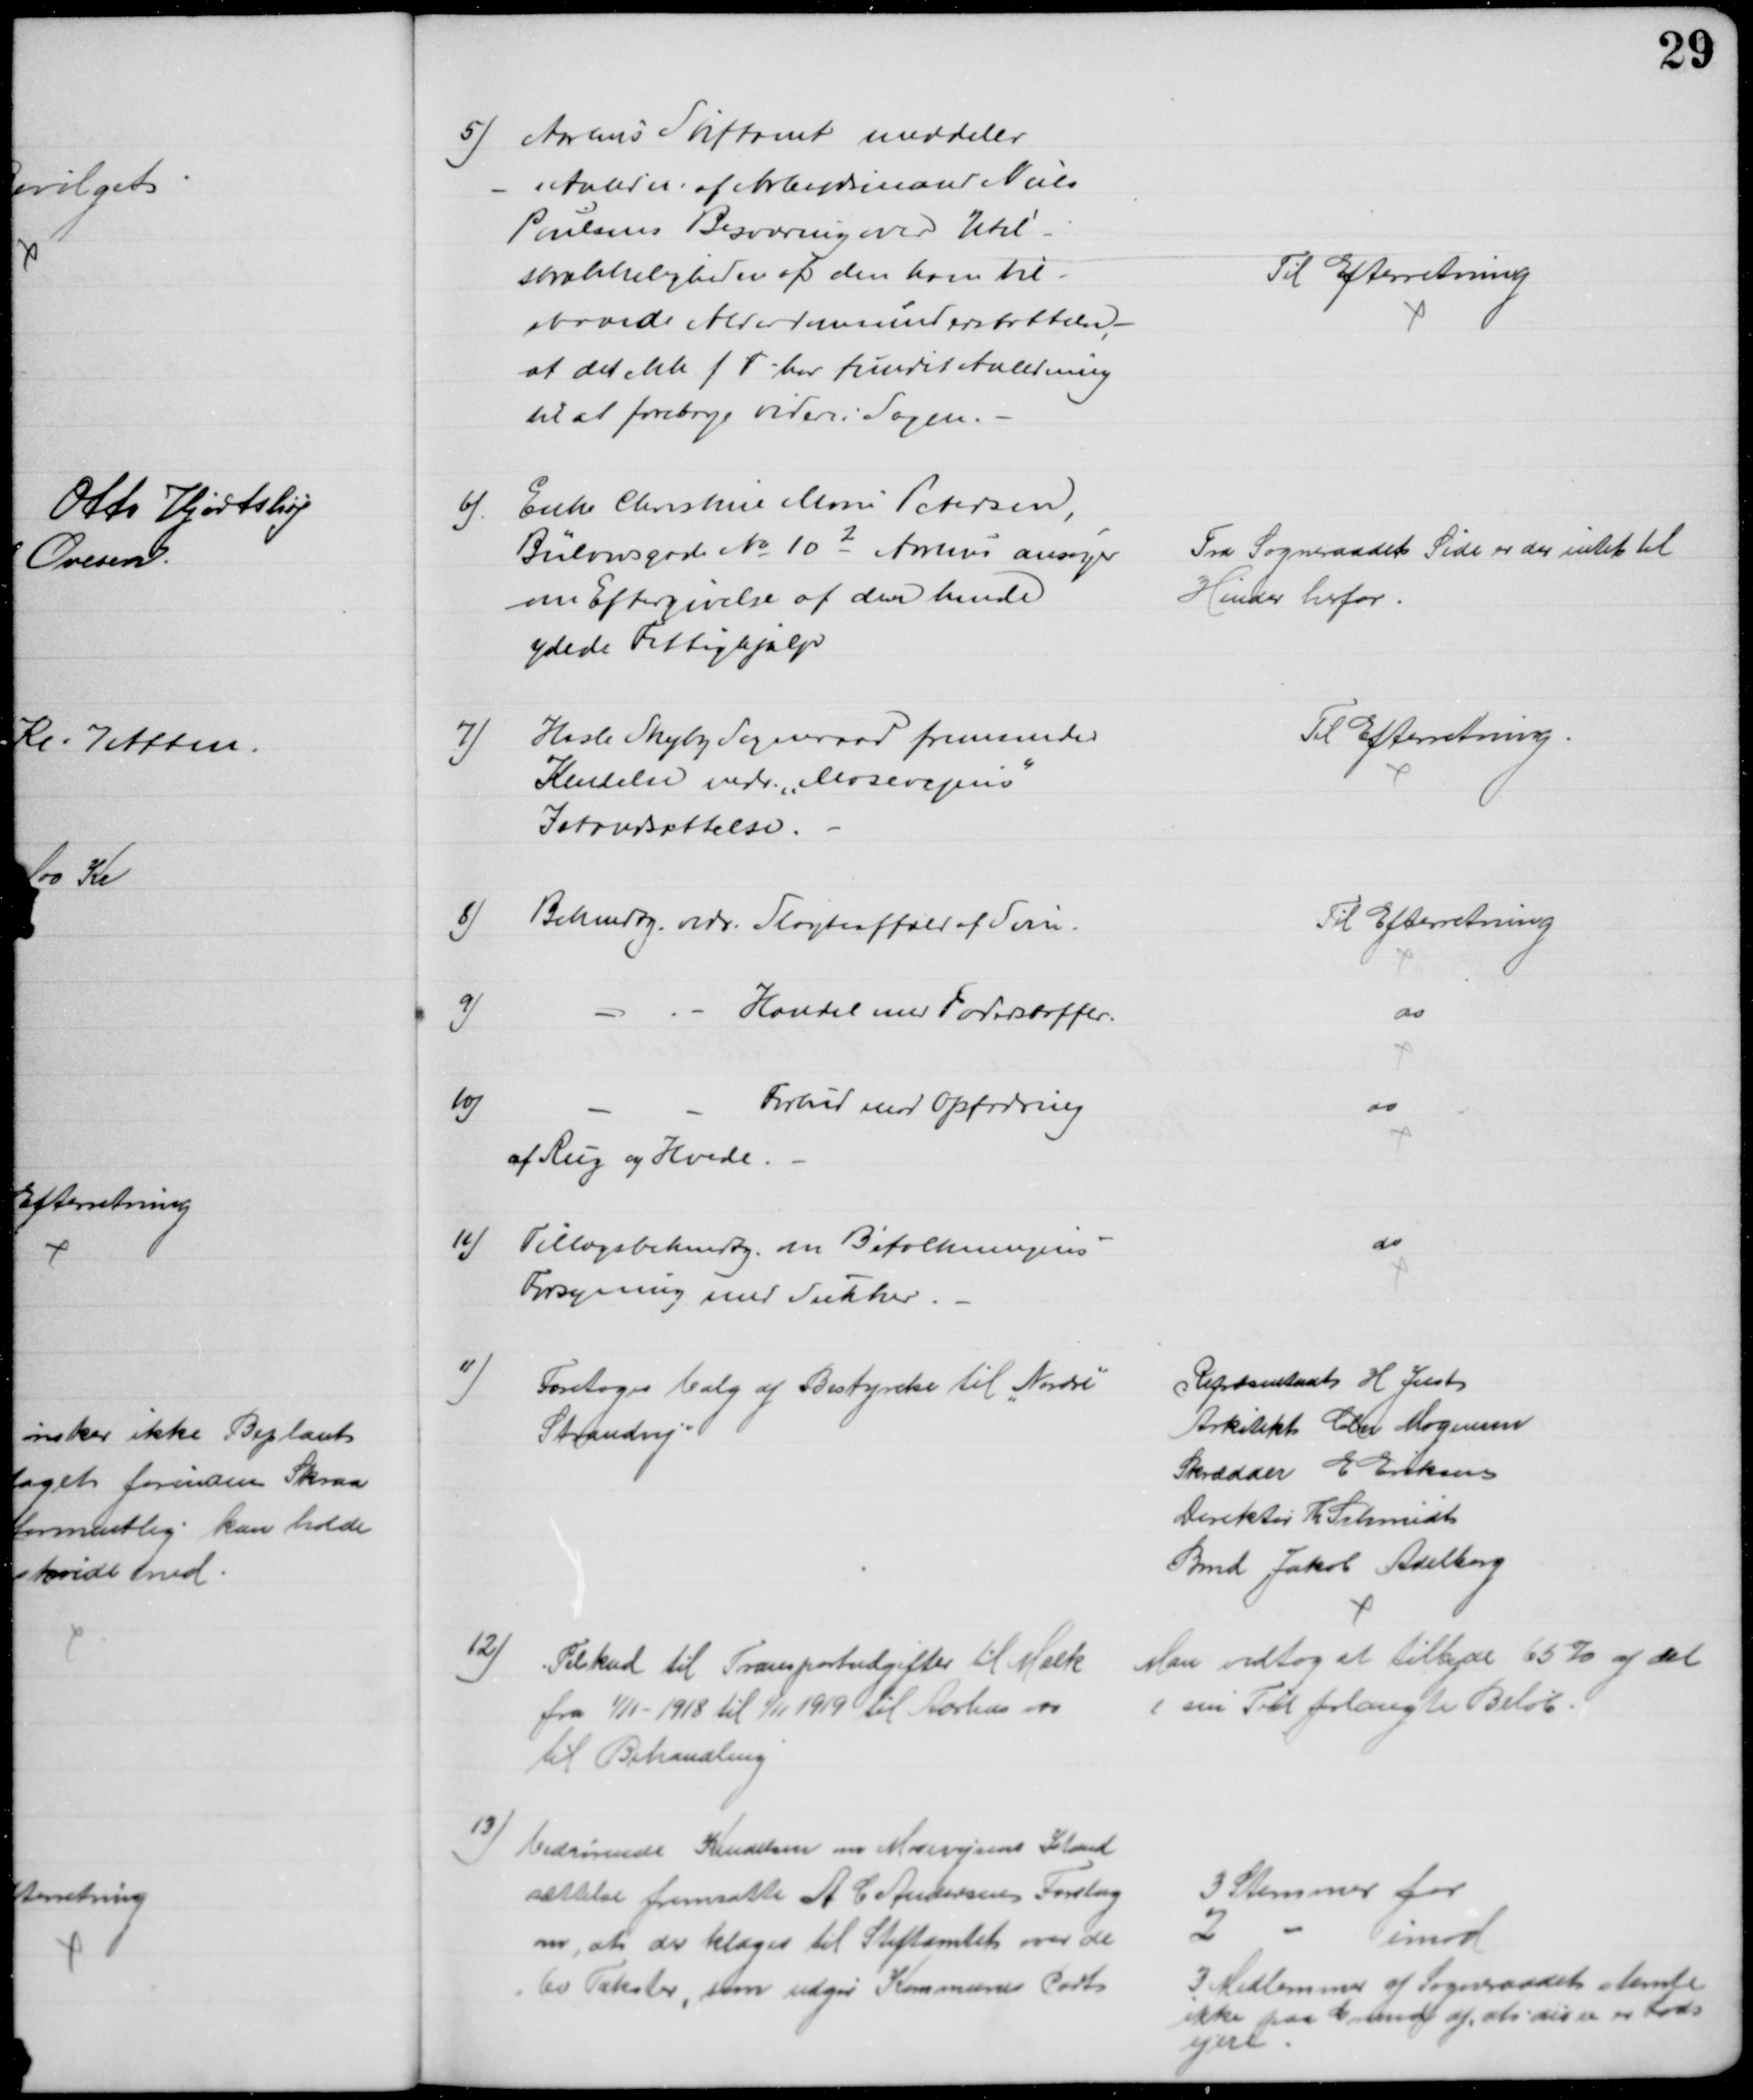
Transskription:
5) Aarhus Stiftamt meddeler
i Anledn. af Arbejdsmand Niels
Poulsens Besværing over Util-
strækkeligheden af den ham til-
staaede Alderdomsunderstøttelse,
at det ikke f T har fundet Anledning
til at foretage videre i Sagen.
Til Efterretning
6)
Enke Christine Marie Petersen,
Bülowsgade № 102  Aarhus ansøger
om Eftergivelse af den hende
ydede Fattighjælp
Fra Sogneraadets Side er der intet til 
Hinder herfor.
7) Hasle Skejby Sogneraad fremsender
Kendelse vedr. "Mosevejens"
Istandsættelse.
Til Efterretning.
8) Bekendtg. vedr. Slagteaffald af Svin.
Til Efterretning
9)
Handel med Foderstoffer.
do
10)
Forbud mod Opfodring
af Rug og Hvede
do
12)
Tillægsbekendtg. om Befolkningens
Forsyning med Sukker.
do
11)
Foretoges Valg af Bestyrelse til "Nordre"
Strandvej
Repræsentant H. Just
Arkitekt Chr Mogensen
Skrædder E Eriksen
Direktør Th. Schmidt
Bmd Jakob Adelborg
12) Tilskud til Transportudgifter til Mælk
fra 1/11 - 1918 til 1/11 1919 til Aarhus var 
til Behandling
Man vedtog at tilbyde 65 % af det
i sin Tid forlangte Beløb.
13) Vedrørende Kendelsen om Mosevejsens Istand
sættelse fremsatte A C Andersens Forslag
om, at der klages til Stiftamtet over de
60 Takster, som udgør Kommunens Part
3 Stemmer for
2
imod
3 Medlemmer af Sogneraadets stemte
ikke paa Grund af at disse er Lods
ejere